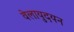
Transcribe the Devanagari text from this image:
वेलायुदयन